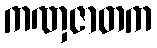
ကဏှဇာတက